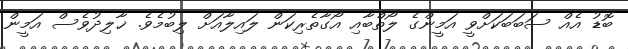
ބޮޑު އެއް ސަބަބަކަށްވީ އަމީންގެ ލޯތްބާއި އޯގާތެރިކަން ލައިލާއަށް ލިބުމެވެ. ޚާލިދުވެސް އަމީން